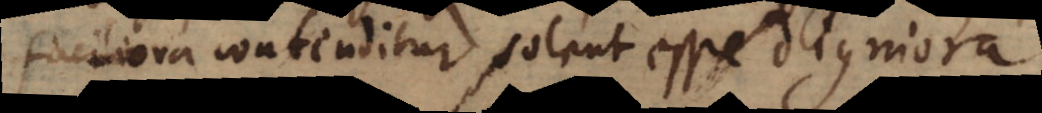
faciliora contenditur solent esse digniora